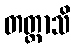
တတ္ထာသိ